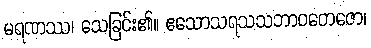
မရဏဿ၊ သေခြင်း၏။ ဧသောသရသသဘာဝတေဇော၊